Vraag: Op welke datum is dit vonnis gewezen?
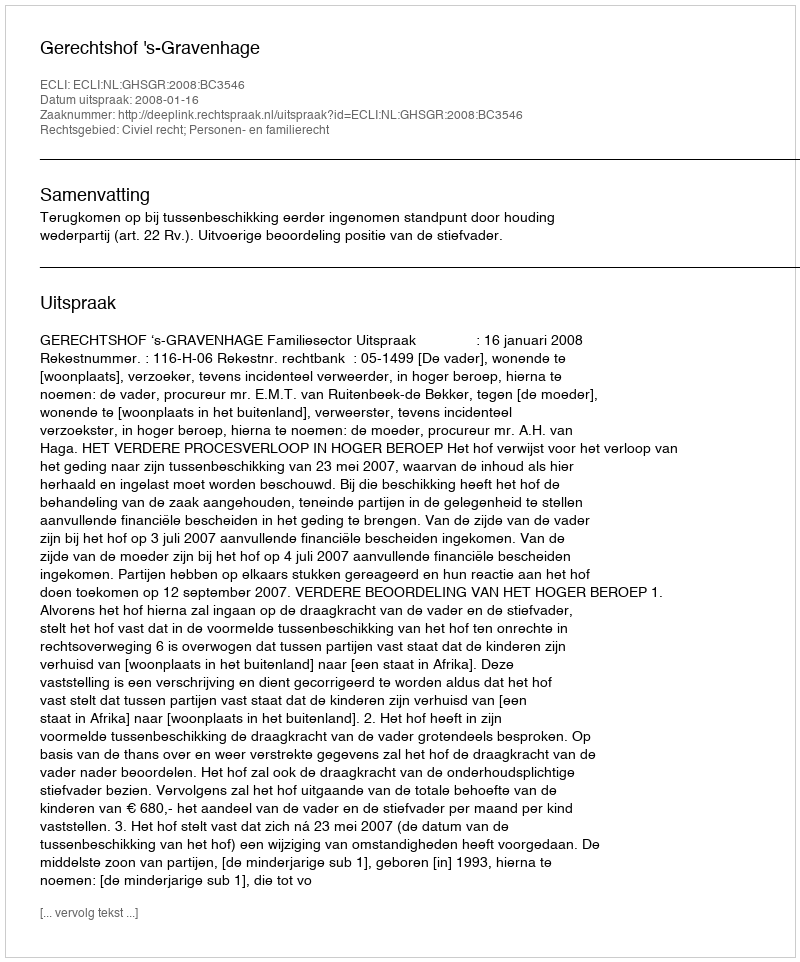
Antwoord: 2008-01-16